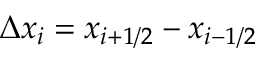
\Delta x _ { i } = x _ { i + 1 / 2 } - x _ { i - 1 / 2 }